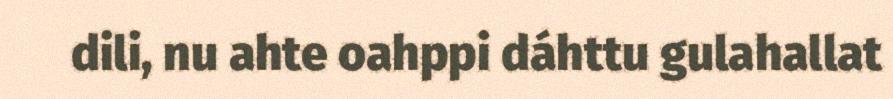
dili, nu ahte oahppi dáhttu gulahallat